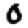
Digit: 0